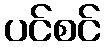
ပင်စင်